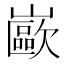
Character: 𰎼